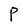
Character: P